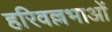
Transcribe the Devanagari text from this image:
हरिवल्लभाओं